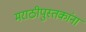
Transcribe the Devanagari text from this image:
मराठीपुस्तकांना